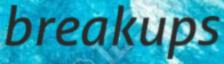
breakups